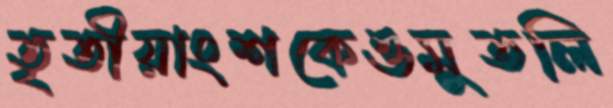
তৃতীয়াংশকেওমুতলি